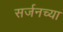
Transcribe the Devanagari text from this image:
सर्जनच्या